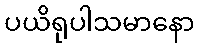
ပယိရုပါသမာနော